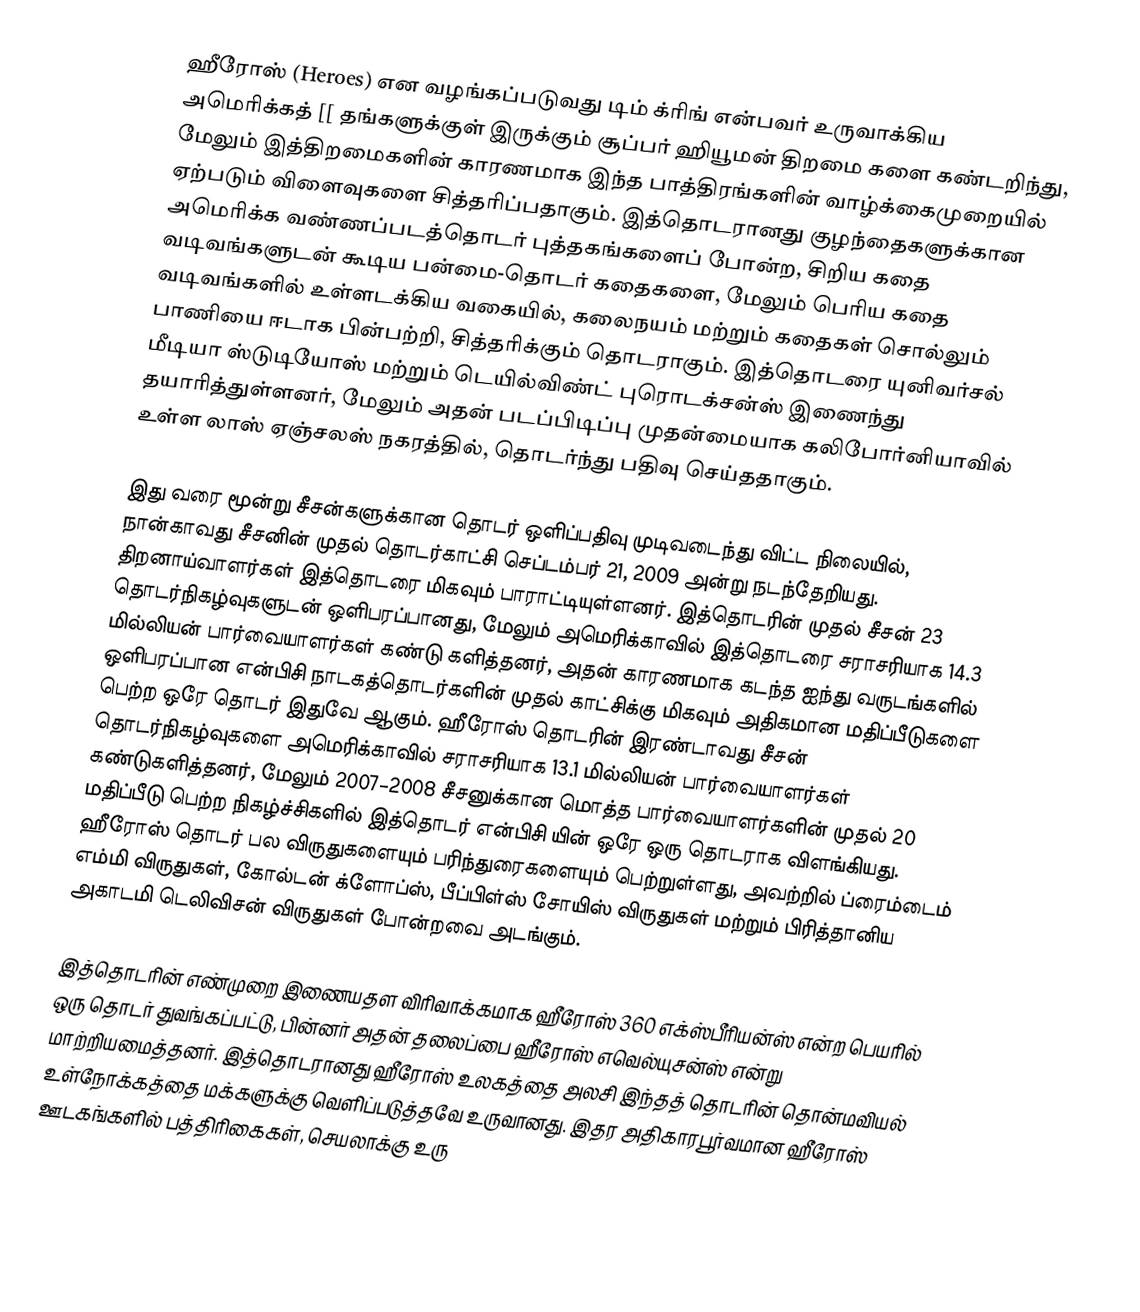
ஹீரோஸ் (Heroes) என வழங்கப்படுவது டிம் க்ரிங் என்பவர் உருவாக்கிய அமெரிக்கத் [[ தங்களுக்குள் இருக்கும் சூப்பர் ஹியூமன் திறமை களை கண்டறிந்து, மேலும் இத்திறமைகளின் காரணமாக இந்த பாத்திரங்களின் வாழ்க்கைமுறையில் ஏற்படும் விளைவுகளை சித்தரிப்பதாகும். இத்தொடரானது குழந்தைகளுக்கான அமெரிக்க வண்ணப்படத்தொடர் புத்தகங்களைப் போன்ற, சிறிய கதை வடிவங்களுடன் கூடிய பன்மை-தொடர் கதைகளை, மேலும் பெரிய கதை வடிவங்களில் உள்ளடக்கிய வகையில், கலைநயம் மற்றும் கதைகள் சொல்லும் பாணியை ஈடாக பின்பற்றி, சித்தரிக்கும் தொடராகும். இத்தொடரை யுனிவர்சல் மீடியா ஸ்டுடியோஸ் மற்றும் டெயில்விண்ட் புரொடக்சன்ஸ் இணைந்து தயாரித்துள்ளனர், மேலும் அதன் படப்பிடிப்பு முதன்மையாக கலிபோர்னியாவில் உள்ள லாஸ் ஏஞ்சலஸ் நகரத்தில், தொடர்ந்து பதிவு செய்ததாகும்.

இது வரை மூன்று சீசன்களுக்கான தொடர் ஒளிப்பதிவு முடிவடைந்து விட்ட நிலையில், நான்காவது சீசனின் முதல் தொடர்காட்சி செப்டம்பர் 21, 2009 அன்று நடந்தேறியது. திறனாய்வாளர்கள் இத்தொடரை மிகவும் பாராட்டியுள்ளனர். இத்தொடரின் முதல் சீசன் 23 தொடர்நிகழ்வுகளுடன் ஒளிபரப்பானது, மேலும் அமெரிக்காவில் இத்தொடரை சராசரியாக 14.3 மில்லியன் பார்வையாளர்கள் கண்டு களித்தனர், அதன் காரணமாக கடந்த ஐந்து வருடங்களில் ஒளிபரப்பான என்பிசி நாடகத்தொடர்களின் முதல் காட்சிக்கு மிகவும் அதிகமான மதிப்பீடுகளை பெற்ற ஒரே தொடர் இதுவே ஆகும். ஹீரோஸ் தொடரின் இரண்டாவது சீசன் தொடர்நிகழ்வுகளை அமெரிக்காவில் சராசரியாக 13.1 மில்லியன் பார்வையாளர்கள் கண்டுகளித்தனர், மேலும் 2007–2008 சீசனுக்கான மொத்த பார்வையாளர்களின் முதல் 20 மதிப்பீடு பெற்ற நிகழ்ச்சிகளில் இத்தொடர் என்பிசி யின் ஒரே ஒரு தொடராக விளங்கியது. ஹீரோஸ் தொடர் பல விருதுகளையும் பரிந்துரைகளையும் பெற்றுள்ளது, அவற்றில் ப்ரைம்டைம் எம்மி விருதுகள், கோல்டன் க்ளோப்ஸ், பீப்பிள்ஸ் சோயிஸ் விருதுகள் மற்றும் பிரித்தானிய அகாடமி டெலிவிசன் விருதுகள் போன்றவை அடங்கும்.

இத்தொடரின் எண்முறை இணையதள விரிவாக்கமாக ஹீரோஸ் 360 எக்ஸ்பீரியன்ஸ் என்ற பெயரில் ஒரு தொடர் துவங்கப்பட்டு, பின்னர் அதன் தலைப்பை ஹீரோஸ் எவெல்யுசன்ஸ் என்று மாற்றியமைத்தனர். இத்தொடரானது ஹீரோஸ் உலகத்தை அலசி இந்தத் தொடரின் தொன்மவியல் உள்நோக்கத்தை மக்களுக்கு வெளிப்படுத்தவே உருவானது. இதர அதிகாரபூர்வமான ஹீரோஸ் ஊடகங்களில் பத்திரிகைகள், செயலாக்கு உரு